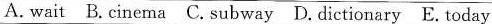
A. wait B. Cinema C. Subway D. Dictionary E. Today